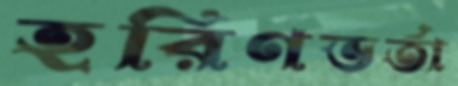
হরিণভর্তা